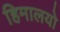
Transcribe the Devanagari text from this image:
हिमालयो